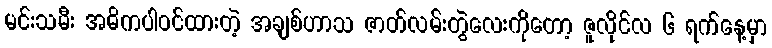
မင်းသမီး အဓိကပါဝင်ထားတဲ့ အချစ်ဟာသ ဇာတ်လမ်းတွဲလေးကိုတော့ ဇူလိုင်လ ၆ ရက်နေ့မှာ